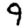
Digit: 9